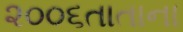
૨૦૦૬તાતાના